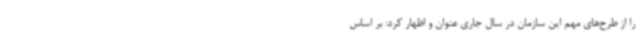
را از طرح‌های مهم این سازمان در سال جاری عنوان و اظهار کرد: بر اساس